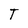
Character: T